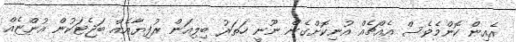
އެއިން ކޮންމެވެސް އެއްޗެއް އުނިކޮށްގެން ނޫނީ ހަތަރު ބިލިއަން ރުފިޔާއެއް ބަޖެޓަކުން އުންޏެއް